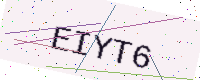
Text: EIYT6